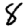
Digit: 8